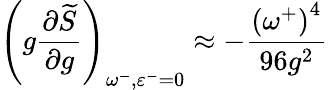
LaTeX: \left(g\frac{\partial\widetilde{S}}{\partial g}\right)_{\omega^{-},\varepsilon^{-}=0}\approx-\frac{\left(\omega^{+}\right)^{4}}{96g^{2}}